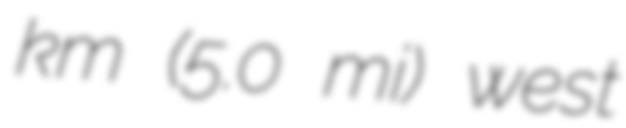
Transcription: km (5.0 mi) west